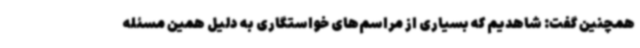
همچنین گفت: شاهدیم که بسیاری از مراسم‌های خواستگاری به دلیل همین مسئله